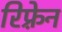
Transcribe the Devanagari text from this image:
रिफ़्रेन